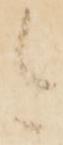
今